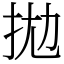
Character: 拋